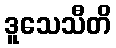
ဒူသေသီတိ